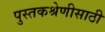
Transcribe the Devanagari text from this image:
पुस्तकश्रेणीसाठी